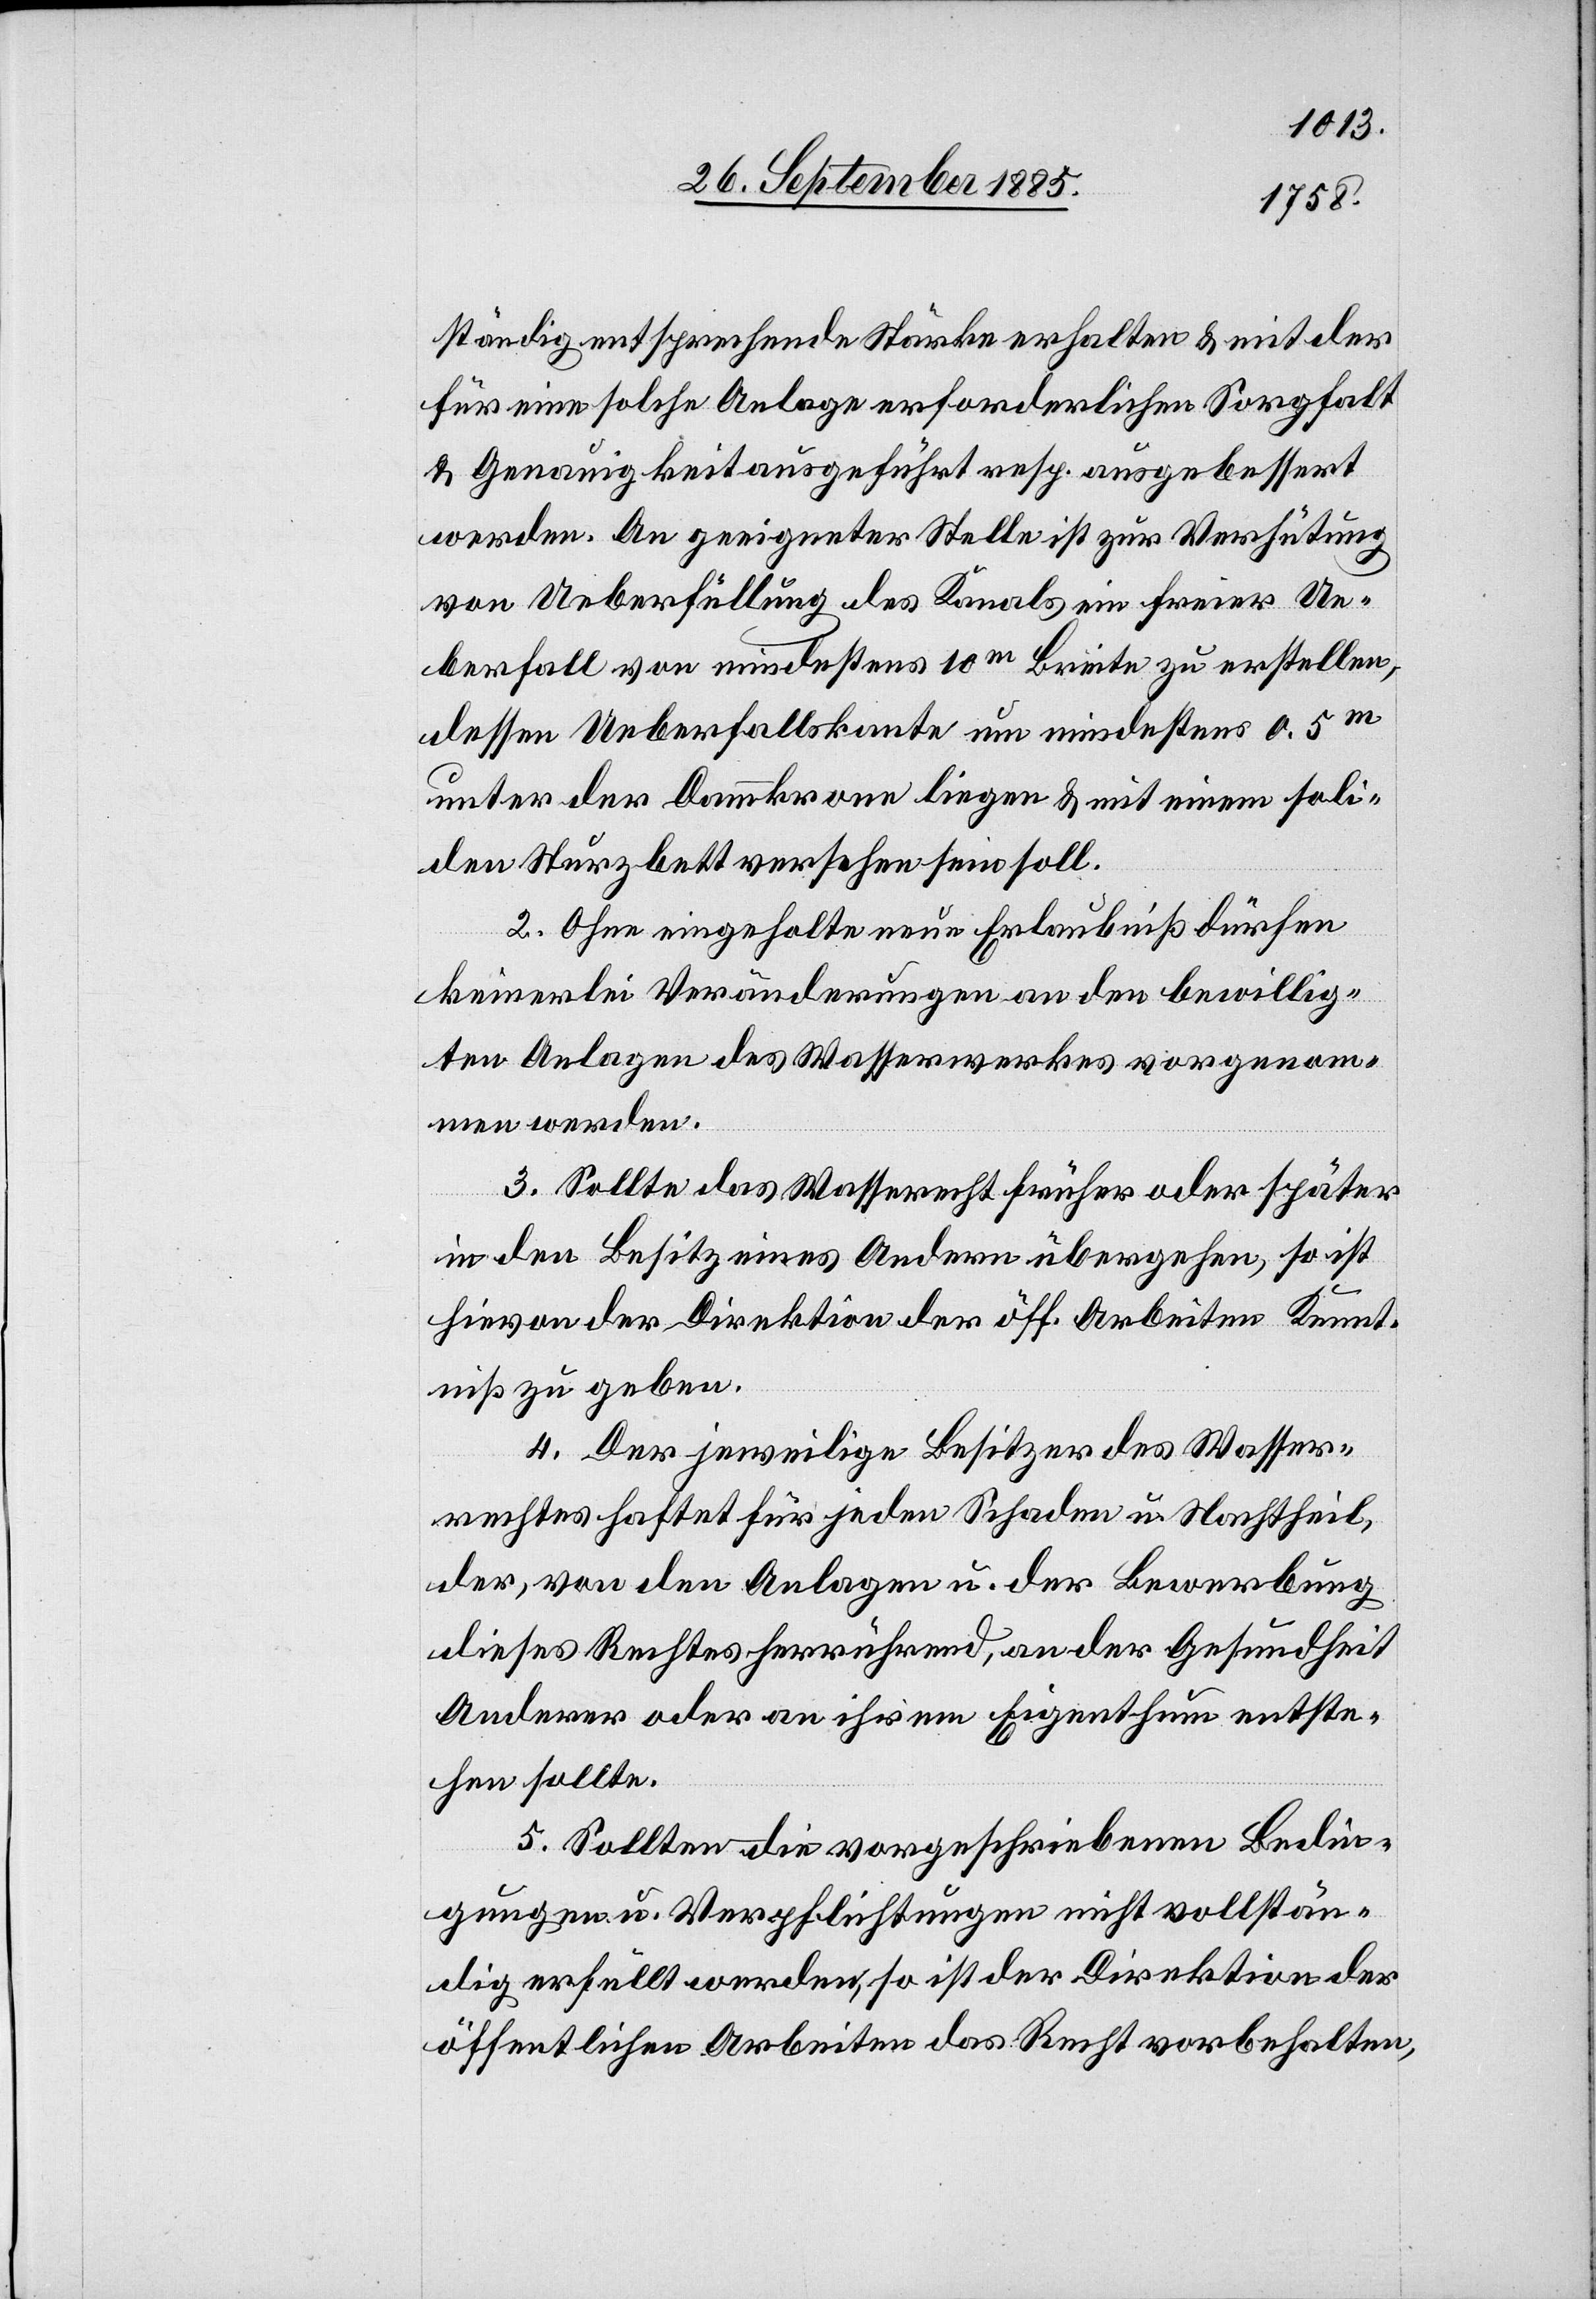
ständig entsprechende Stärke erhalten & mit der
für eine solche Anlage erforderlichen Sorgfalt
& Genauigkeit ausgeführt resp. ausgebessert
werden. An geeigneter Stelle ist zur Verhütung
von Ueberfüllung des Kanals ein freier Ue¬
berfall von mindestens 10m Breite zu erstellen,
dessen Ueberfallskante um mindestens 0.5m
unter der Dammkrone liegen & mit einem soli¬
den Sturzbett versehen sein soll.
2. Ohne eingeholte neue Erlaubniß dürfen
keinerlei Veränderungen an den bewillig¬
ten Anlagen des Wasserwerkes vorgenom¬
men werden.
3. Sollte das Wasserrecht früher oder später
in den Besitz eines Andern übergehen, so ist
hievon der Direktion der öff. Arbeiten Kennt¬
niß zu geben.
4. Der jeweilige Besitzer des Wasser¬
rechtes haftet für jeden Schaden u. Nachtheil,
der, von den Anlagen u. der Bewerbung
dieses Rechtes herrührend, an der Gesundheit
Anderer oder an ihrem Eigenthum entste¬
hen sollte.
5. Sollten die vorgeschriebenen Bedin¬
gungen u. Verpflichtungen nicht vollstän¬
dig erfüllt werden, so ist der Direktion der
öffentlichen Arbeiten das Recht vorbehalten,